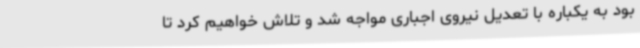
بود به یکباره با تعدیل نیروی اجباری مواجه شد و تلاش خواهیم کرد تا